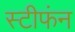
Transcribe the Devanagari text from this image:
स्टीफंन